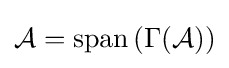
{\mathcal {A}}=\operatorname {span} \left(\Gamma ({\mathcal {A}}\right))